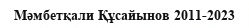
Мәмбетқали Құсайынов 2011-2023